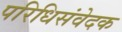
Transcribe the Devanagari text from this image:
परिधिसंवेदक